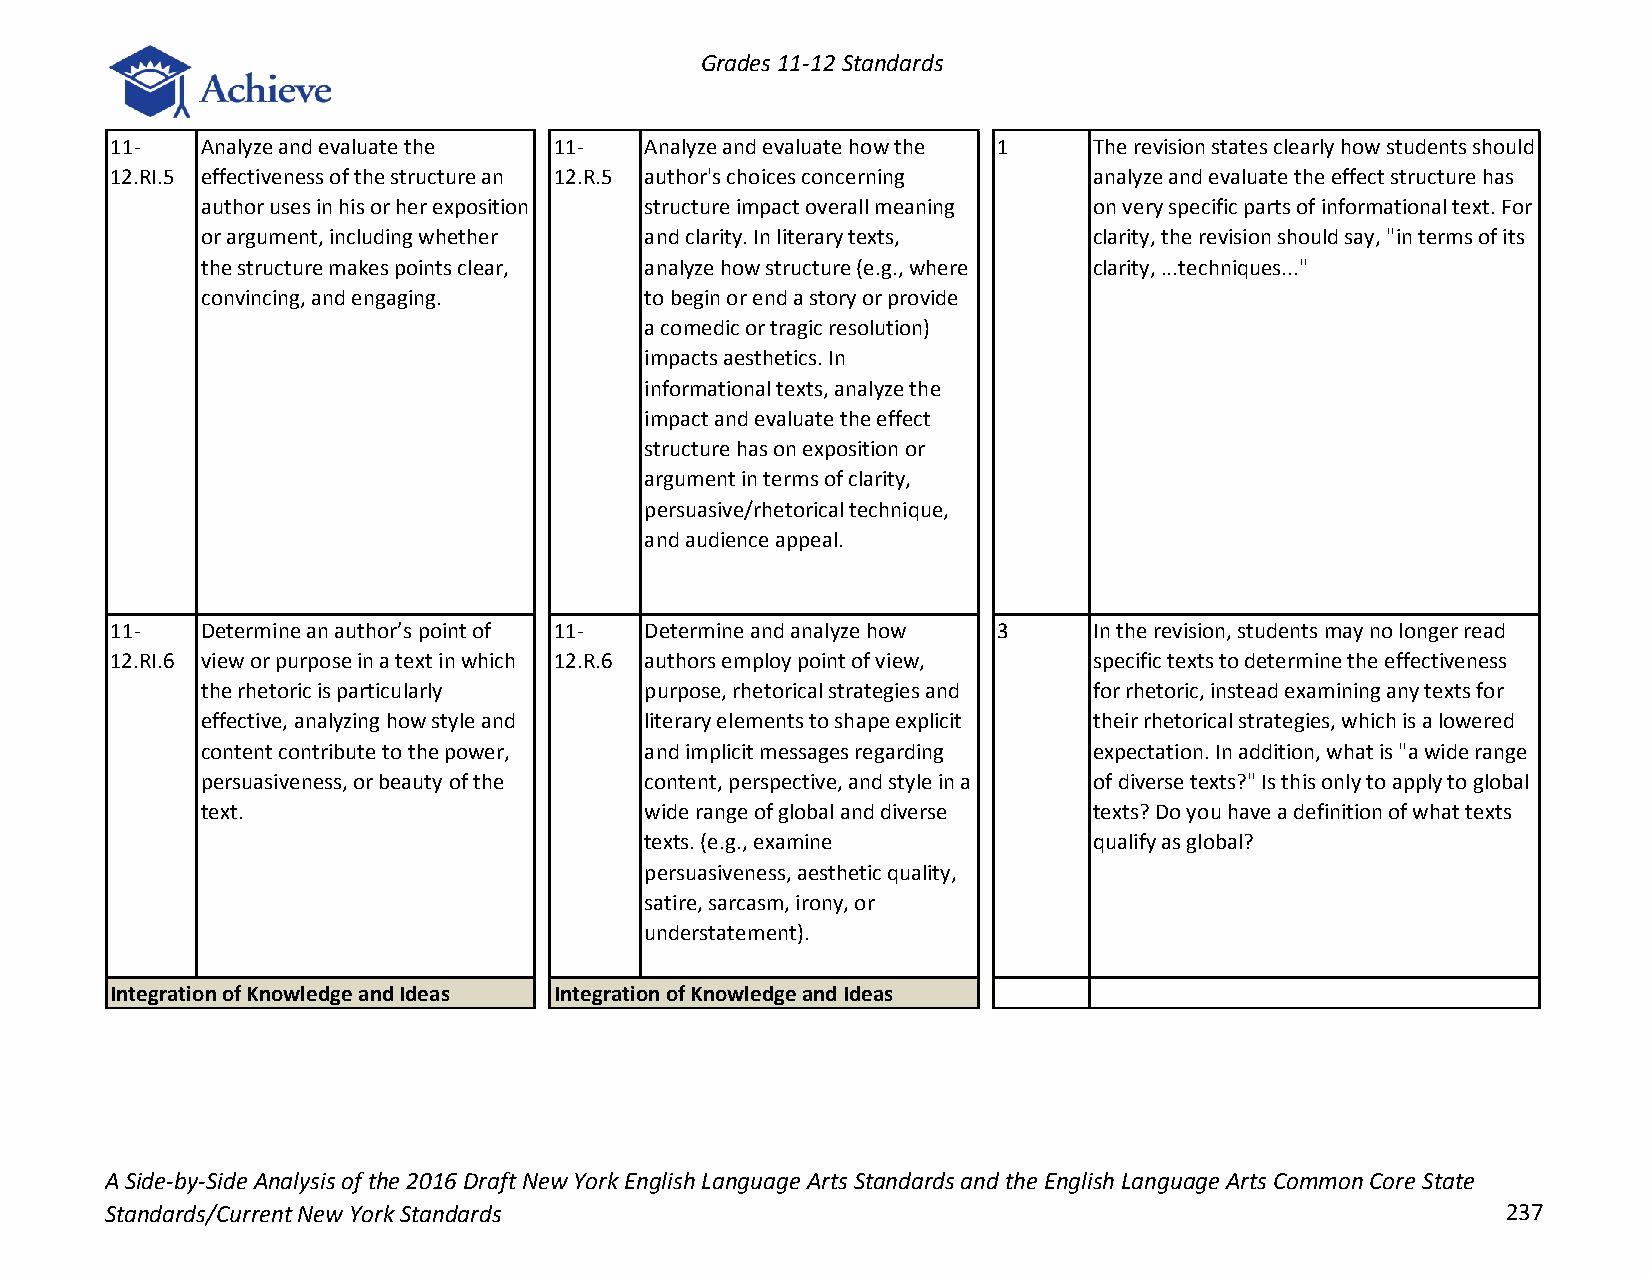
Grades 11-12 Standards
 11-   Analyze and evaluate the 11-  Analyze and evaluate how the 1 The revision states clearly how students should
 12.RI.5 effectiveness of the structure an 12.R.5 author's choices concerning analyze and evaluate the effect structure has
 author uses in his or her exposition structure impact overall meaning on very specific parts of informational text. For
 or argument, including whether and clarity. In literary texts, clarity, the revision should say, "in terms of its
 the structure makes points clear, analyze how structure (e.g., where clarity, ...techniques..."
 convincing, and engaging.     to begin or end a story or provide
 a comedic or tragic resolution)
 impacts aesthetics. In
 informational texts, analyze the
 impact and evaluate the effect
 structure has on exposition or
 argument in terms of clarity,
 persuasive/rhetorical technique,
 and audience appeal.
 11-   Determine an author’s point of 11- Determine and analyze how 3 In the revision, students may no longer read
 12.RI.6 view or purpose in a text in which 12.R.6 authors employ point of view, specific texts to determine the effectiveness
 the rhetoric is particularly  purpose, rhetorical strategies and for rhetoric, instead examining any texts for
 effective, analyzing how style and literary elements to shape explicit their rhetorical strategies, which is a lowered
 content contribute to the power, and implicit messages regarding expectation. In addition, what is "a wide range
 persuasiveness, or beauty of the content, perspective, and style in a of diverse texts?" Is this only to apply to global
 text.                         wide range of global and diverse texts? Do you have a definition of what texts
 texts. (e.g., examine        qualify as global?
 persuasiveness, aesthetic quality,
 satire, sarcasm, irony, or
 understatement).
 Integration of Knowledge and Ideas Integration of Knowledge and Ideas
 A Side-by-Side Analysis of the 2016 Draft New York English Language Arts Standards and the English Language Arts Common Core State
 Standards/Current New York Standards                                                         237